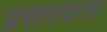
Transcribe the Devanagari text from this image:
प्रसारवाला